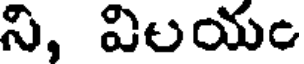
ని, విలయం